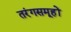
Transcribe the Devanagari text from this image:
तरंगसमूहों